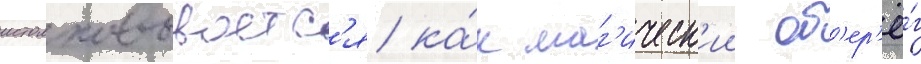
истолковываетс'я ка́к маг'ическ'ии об'ер'ё́г